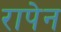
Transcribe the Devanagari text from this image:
रापेन